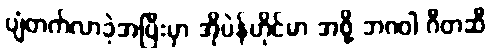
ပျံတက်လာခဲ့အပြီးမှာ အိုပဲန်ဟိုင်မာ အဖို့ ဘဂဝါ ဂီတဆီ